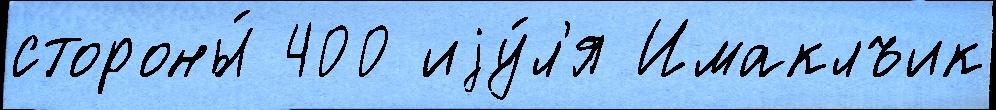
стороны́ 400 иjу́л'я Имаклъик